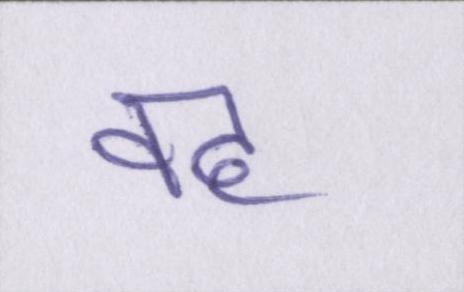
वह